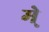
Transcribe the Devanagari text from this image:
मे्